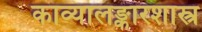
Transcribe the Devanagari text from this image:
काव्यालङ्कारशास्त्र